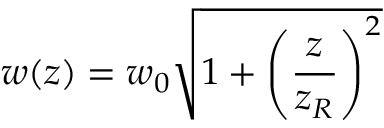
w ( z ) = w _ { 0 } { \sqrt { 1 + \left( { \frac { z } { z _ { R } } } \right) ^ { 2 } } }